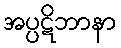
အပ္ပဋိဘာနာ